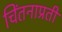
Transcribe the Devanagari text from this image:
चिंतनाप्रती